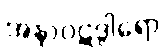
အနာဝဋဒွါရော